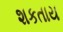
શકતાય